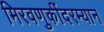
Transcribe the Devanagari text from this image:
मिरवणुकींदरम्यान